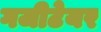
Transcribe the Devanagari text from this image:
गजीटेयर